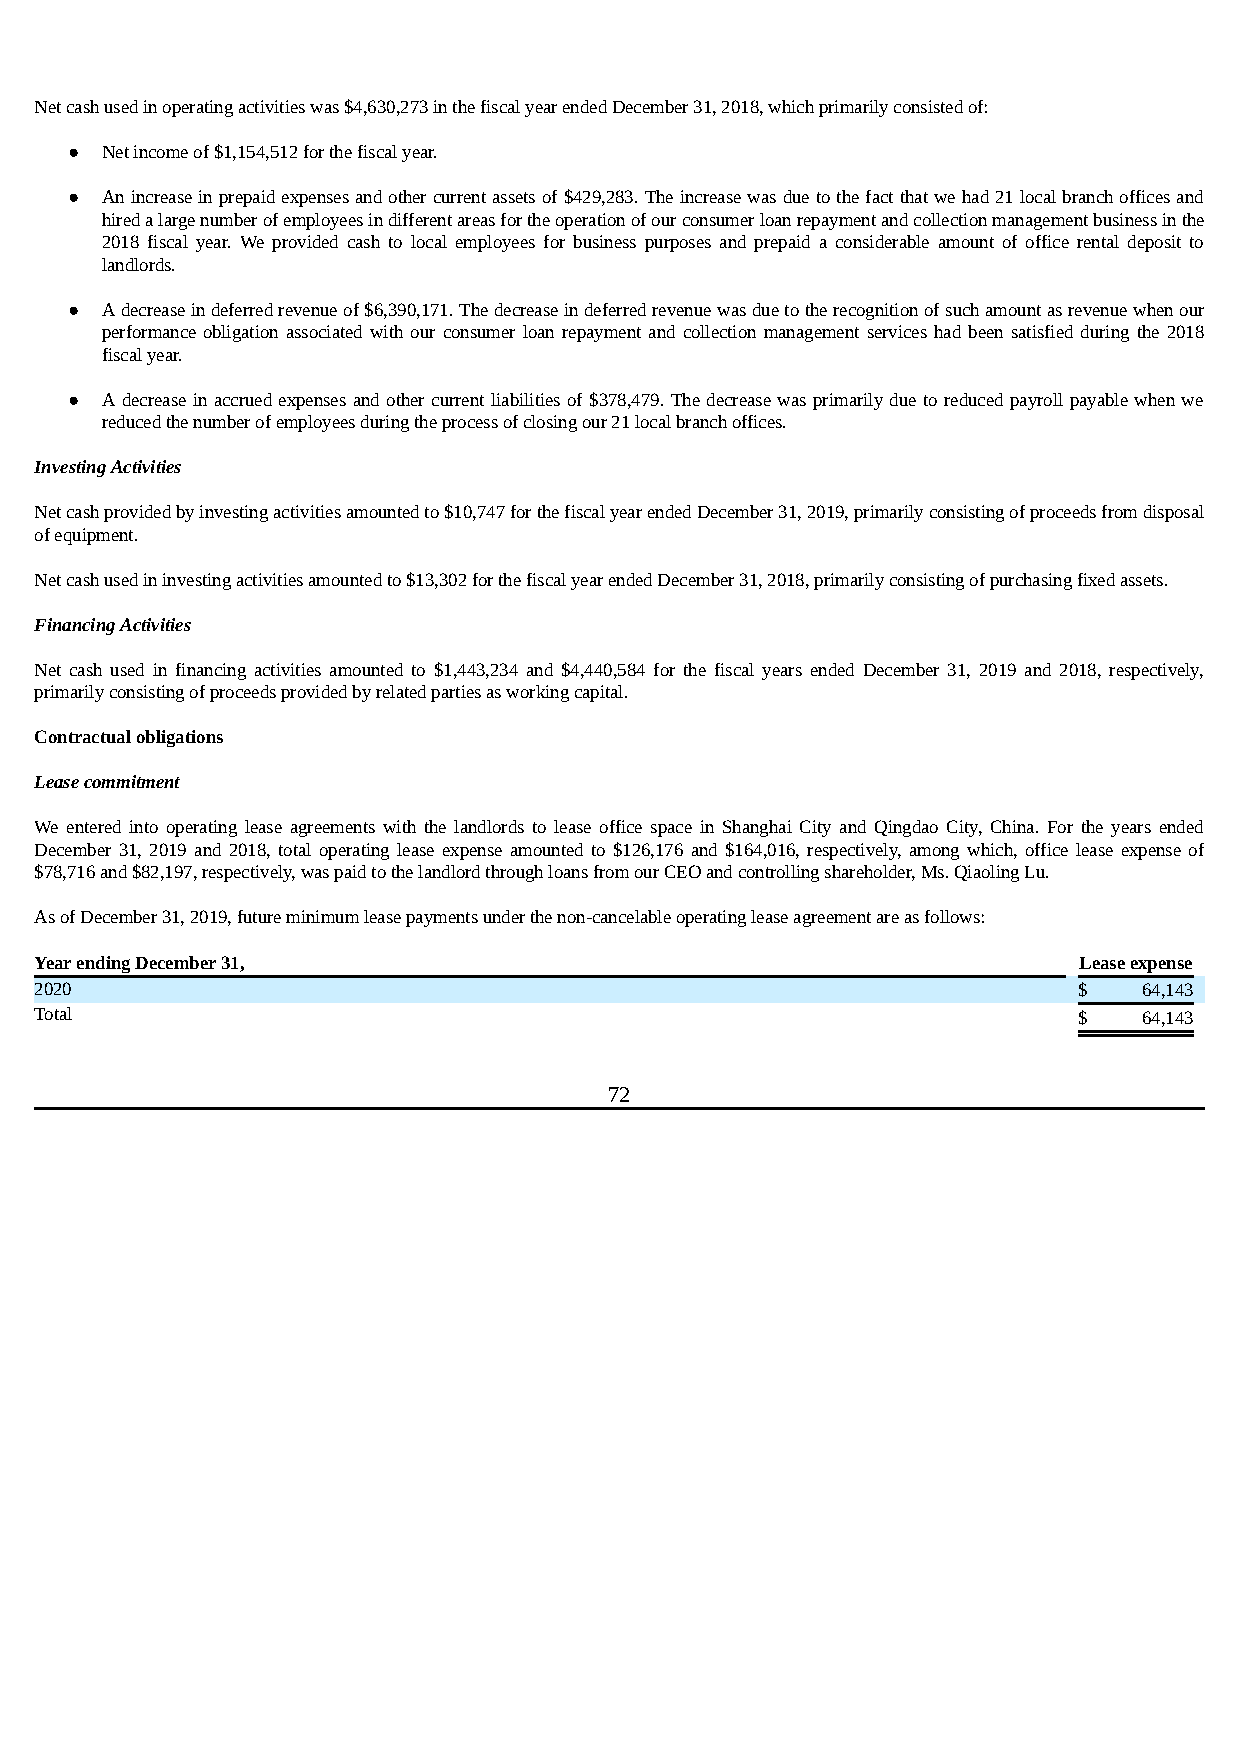
Net cash used in operating activities was $4,630,273 in the fiscal year ended December 31, 2018, which primarily consisted of:
 ●  Net income of $1,154,512 for the fiscal year.
 ●  An increase in prepaid expenses and other current assets of $429,283. The increase was due to the fact that we had 21 local branch offices and
 hired a large number of employees in different areas for the operation of our consumer loan repayment and collection management business in the
 2018 fiscal year. We provided cash to local employees for business purposes and prepaid a considerable amount of office rental deposit to
 landlords.
 ●  A decrease in deferred revenue of $6,390,171. The decrease in deferred revenue was due to the recognition of such amount as revenue when our
 performance obligation associated with our consumer loan repayment and collection management services had been satisfied during the 2018
 fiscal year.
 ●  A decrease in accrued expenses and other current liabilities of $378,479. The decrease was primarily due to reduced payroll payable when we
 reduced the number of employees during the process of closing our 21 local branch offices.
 Investing Activities
 Net cash provided by investing activities amounted to $10,747 for the fiscal year ended December 31, 2019, primarily consisting of proceeds from disposal
 of equipment.
 Net cash used in investing activities amounted to $13,302 for the fiscal year ended December 31, 2018, primarily consisting of purchasing fixed assets.
 Financing Activities
 Net cash used in financing activities amounted to $1,443,234 and $4,440,584 for the fiscal years ended December 31, 2019 and 2018, respectively,
 primarily consisting of proceeds provided by related parties as working capital.
 Contractual obligations
 Lease commitment
 We entered into operating lease agreements with the landlords to lease office space in Shanghai City and Qingdao City, China. For the years ended
 December 31, 2019 and 2018, total operating lease expense amounted to $126,176 and $164,016, respectively, among which, office lease expense of
 $78,716 and $82,197, respectively, was paid to the landlord through loans from our CEO and controlling shareholder, Ms. Qiaoling Lu.
 As of December 31, 2019, future minimum lease payments under the non-cancelable operating lease agreement are as follows:
 Year ending December 31,                                             Lease expense
 2020                                                                 $    64,143
 Total                                                                $    64,143
 72